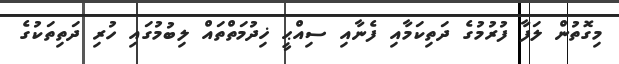
މިގޮތުން ލަފާ ފުރުމުގެ ދަތިކަމާއި ފެނާއި ސިއްޙީ ޚިދުމަތްތައް ލިބުމުގައި ހުރި ދަތިތަކުގެ